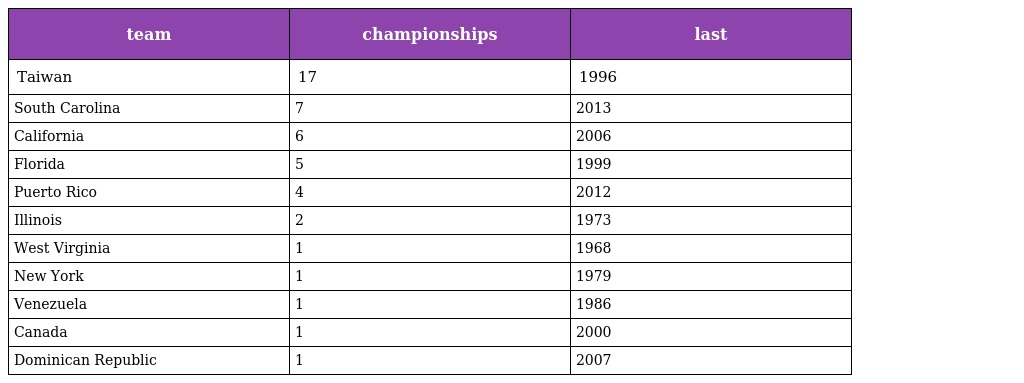
| team | championships | last |
 | --- | --- | --- |
 | Taiwan | 17 | 1996 |
 | South Carolina | 7 | 2013 |
 | California | 6 | 2006 |
 | Florida | 5 | 1999 |
 | Puerto Rico | 4 | 2012 |
 | Illinois | 2 | 1973 |
 | West Virginia | 1 | 1968 |
 | New York | 1 | 1979 |
 | Venezuela | 1 | 1986 |
 | Canada | 1 | 2000 |
 | Dominican Republic | 1 | 2007 |